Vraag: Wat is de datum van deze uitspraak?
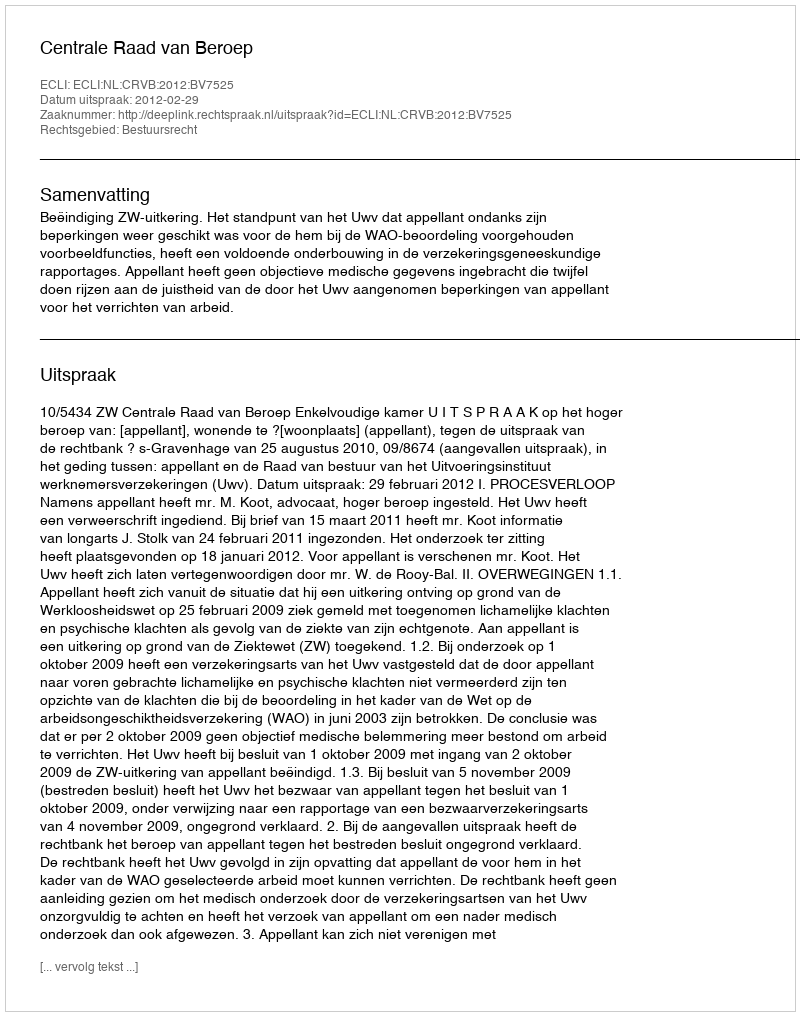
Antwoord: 2012-02-29